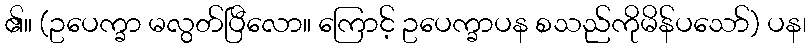
၏။ (ဥပေက္ခာ မလွတ်ပြီလော။ ကြောင့် ဥပေက္ခာပန စသည်ကိုမိန်ပသော်) ပန၊